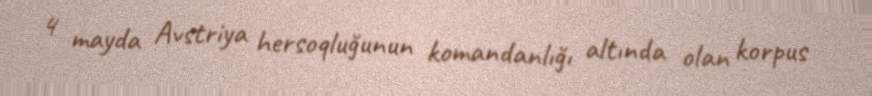
4 mayda Avstriya hersoqluğunun komandanlığı altında olan korpus